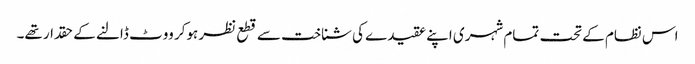
اس نظام کے تحت تمام شہری اپنے عقیدے کی شناخت سے قطع نظر ہوکر ووٹ ڈالنے کے حقدار تھے۔